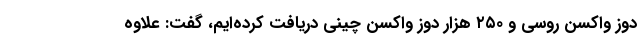
دوز واکسن روسی و ۲۵۰ هزار دوز واکسن چینی دریافت کرده‌ایم، گفت: علاوه